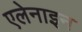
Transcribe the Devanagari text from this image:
एलेनाइन